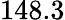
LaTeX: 148.3